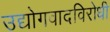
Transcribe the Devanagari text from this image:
उद्योगवादविरोधी